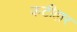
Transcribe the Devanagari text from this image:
कटीहार